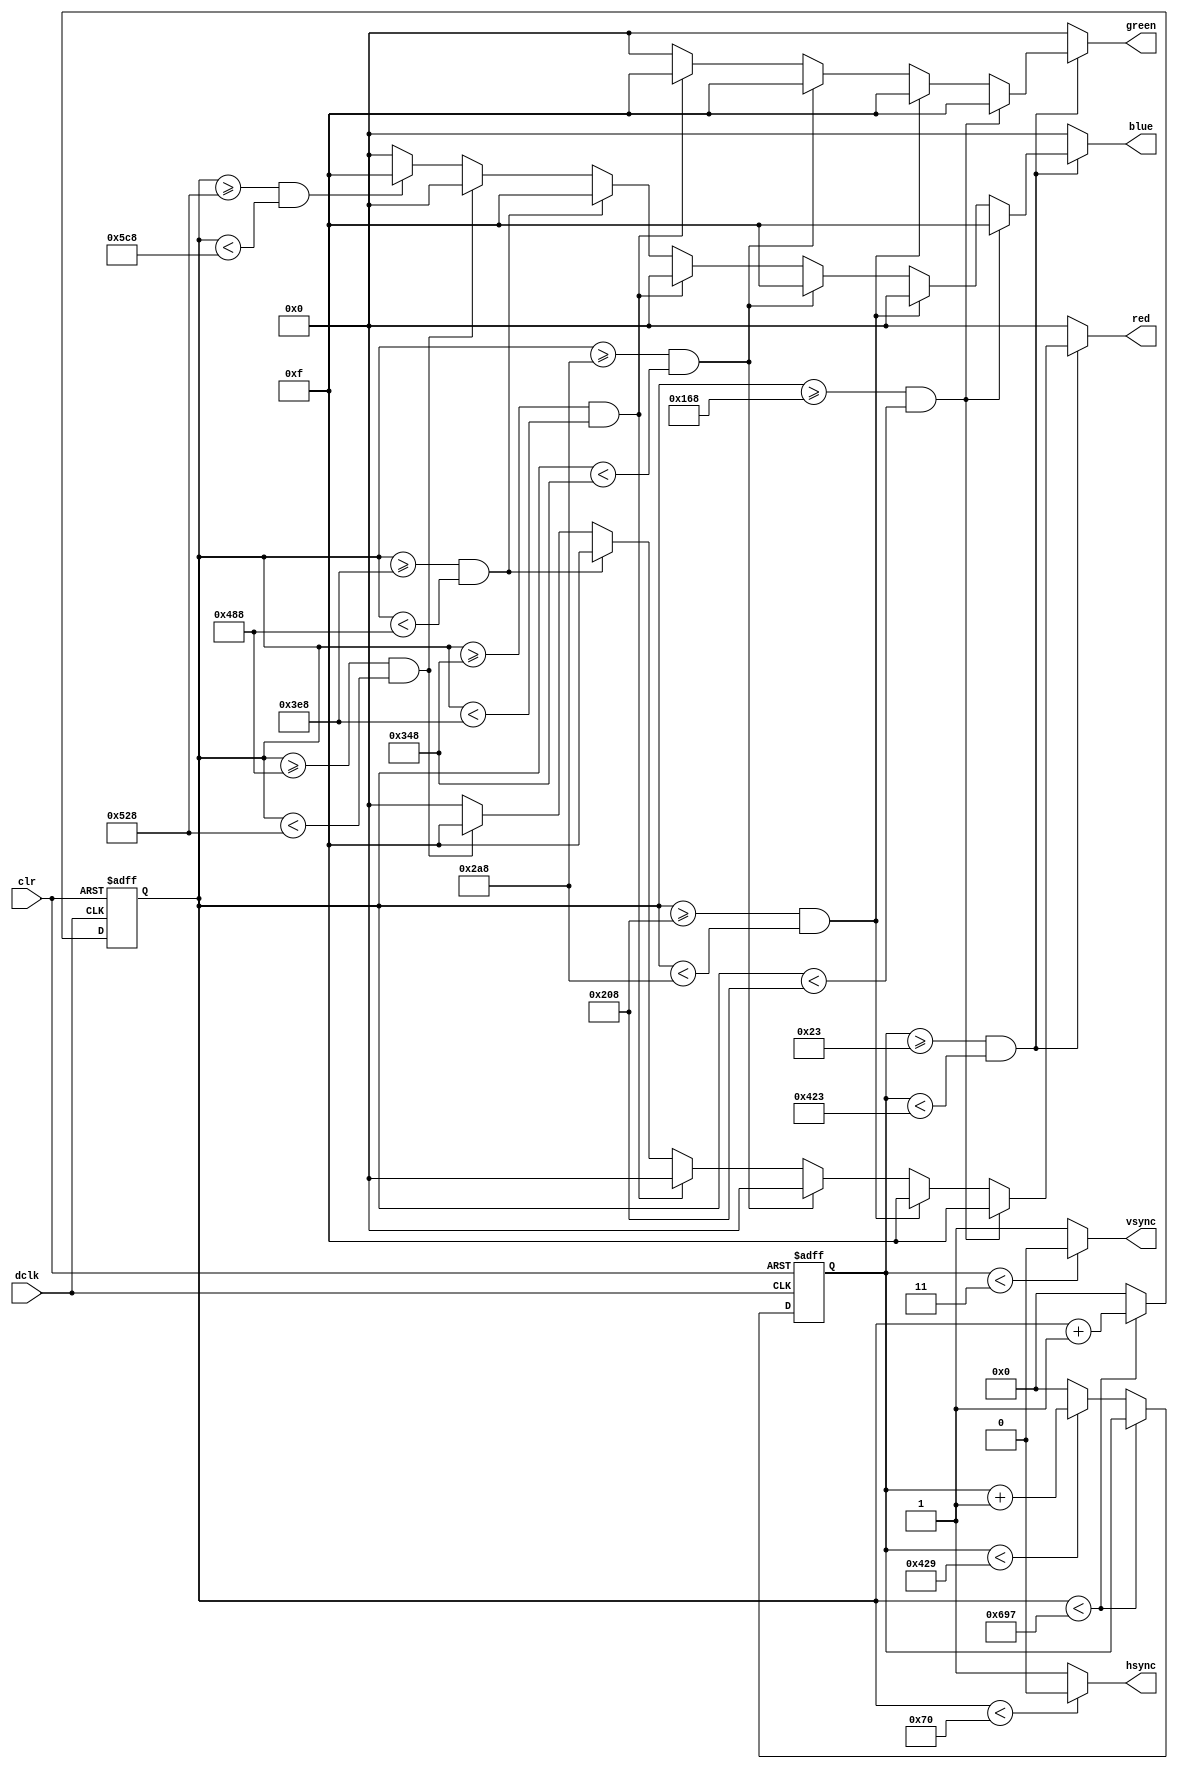
`timescale 1ns / 1ps

module vga1280x1024(
	input wire dclk,			//pixel clock: 108MHz
	input wire clr,			//asynchronous reset
	output wire hsync,		//horizontal sync out
	output wire vsync,		//vertical sync out
	output reg [3:0] red,	//red vga output
	output reg [3:0] green, //green vga output
	output reg [3:0] blue	//blue vga output
	);

//// video structure constants for a 640x480 display
//parameter hpixels = 1800;// horizontal pixels per line
//parameter vlines = 795; // vertical lines per frame
//parameter hpulse = 144; 	// hsync pulse length
//parameter vpulse = 3; 	// vsync pulse length
//parameter hbp = 360; 	// end of horizontal back porch
//parameter hfp = 1728; 	// beginning of horizontal front porch
//parameter vbp = 23; 		// end of vertical back porch
//parameter vfp = 790; 	// beginning of vertical front porch
//// active horizontal video is therefore: 784 - 144 = 640
//// active vertical video is therefore: 511 - 31 = 480

// video structure constants
parameter hpixels = 1688;// horizontal pixels per line
parameter vlines = 1066; // vertical lines per frame
parameter hpulse = 112; 	// hsync pulse length
parameter vpulse = 3; 	// vsync pulse length
parameter hbp = 360; 	// end of horizontal back porch
parameter hfp = 1640; 	// beginning of horizontal front porch
parameter vbp = 35; 		// end of vertical back porch
parameter vfp = 1059; 	// beginning of vertical front porch
// active horizontal video is therefore: 1640 - 360 = 1280
// active vertical video is therefore: 1059 - 35 = 1024

reg [10:0] hc;
reg [10:0] vc;

always @(posedge dclk or posedge clr)
begin
	if (clr == 1)
	begin
		hc <= 0;
		vc <= 0;
	end
	else
	begin
		if (hc < hpixels - 1)
			hc <= hc + 1;
		else
		begin
			hc <= 0;
			if (vc < vlines - 1)
				vc <= vc + 1;
			else
				vc <= 0;
		end
		
	end
end

// generate sync pulses (active low)
assign hsync = (hc < hpulse) ? 0:1;
assign vsync = (vc < vpulse) ? 0:1;

always @(*)
begin
	// first check if we're within vertical active video range
	if (vc >= vbp && vc < vfp)
	begin
		// display white bar
		if (hc >= hbp && hc < (hbp+160))
		begin
			red = 4'b1111;
			green = 4'b1111;
			blue = 4'b1111;
		end
		// display yellow bar
		else if (hc >= (hbp+160) && hc < (hbp+320))
		begin
			red = 4'b1111;
			green = 4'b1111;
			blue = 4'b0000;
		end
		// display cyan bar
		else if (hc >= (hbp+320) && hc < (hbp+480))
		begin
			red = 4'b0000;
			green = 4'b1111;
			blue = 4'b1111;
		end
		// display green bar
		else if (hc >= (hbp+480) && hc < (hbp+640))
		begin
			red = 4'b0000;
			green = 4'b1111;
			blue = 4'b0000;
		end
		// display magenta bar
		else if (hc >= (hbp+640) && hc < (hbp+800))
		begin
			red = 4'b1111;
			green = 4'b0000;
			blue = 4'b1111;
		end
		// display red bar
		else if (hc >= (hbp+800) && hc < (hbp+960))
		begin
			red = 4'b1111;
			green = 4'b0000;
			blue = 4'b0000;
		end
		// display blue bar
		else if (hc >= (hbp+960) && hc < (hbp+1120))
		begin
			red = 4'b0000;
			green = 4'b0000;
			blue = 4'b1111;
		end
		// display black bar
		else if (hc >= (hbp+1120) && hc < (hbp+1280))
		begin
			red = 4'b0000;
			green = 4'b0000;
			blue = 4'b0000;
		end
		// we're outside active horizontal range so display black
		else
		begin
			red = 0;
			green = 0;
			blue = 0;
		end
	end
	// we're outside active vertical range so display black
	else
	begin
		red = 0;
		green = 0;
		blue = 0;
	end
end

endmodule